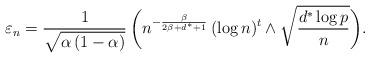
LaTeX: \begin{align*}\varepsilon_n=\frac{1}{\sqrt{\alpha\,(1-\alpha)}}\, \bigg(n^{-\frac{\beta}{2\beta + d^\ast+1}} \, (\log n)^t \wedge \sqrt{\frac{d^\ast \log p}{n}}\bigg).\end{align*}